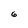
Character: 6